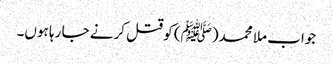
جواب ملا محمد(ﷺ) کو قتل کرنے جا رہا ہوں۔